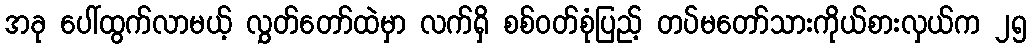
အခု ပေါ်ထွက်လာမယ့် လွှတ်တော်ထဲမှာ လက်ရှိ စစ်ဝတ်စုံပြည့် တပ်မတော်သားကိုယ်စားလှယ်က ၂၅